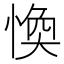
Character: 愌